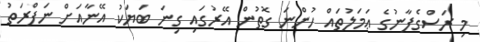
މި ރަސްގެފާނުގެ ޢަމަލުތައް ހުންނަ ގޮތުން އޭރުގައި ގިނަ ބަޔަކު އޭނާއަށް ނަފްރަތު